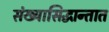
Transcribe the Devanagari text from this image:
संख्यासिद्धान्तात